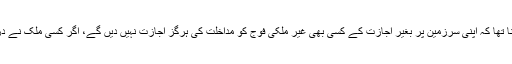
شام کے وزیر خارجہ ولید المعلم کا پریس کانفرنس کرتے ہوئے کہنا تھا کہ اپنی سرزمین پر بغیر اجازت کے کسی بھی غیر ملکی فوج کو مداخلت کی ہرگز اجازت نہیں دیں گے، اگر کسی ملک نے دراندازی کی کوشش کی تو شامی عوام اس کا بھرپور جواب دے گی۔